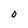
Character: O